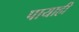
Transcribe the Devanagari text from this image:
पायाही